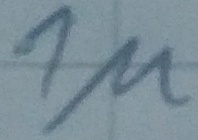
Text: 1µ